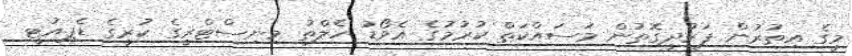
މީގެ އިތުރުން ފަރުދީގޮތުން މަސައްކަތް ކުރުމުގެ އެވޯޑު ހެލްތު މިނިސްޓްރީގެ ކުރީގެ ޑެޕިއުޓީ